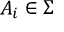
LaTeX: A _ { i } \in \Sigma